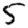
Digit: 5